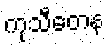
ကုသီတေန